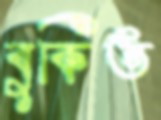
বুকিত